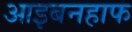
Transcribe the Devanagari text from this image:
आइबनहाफ